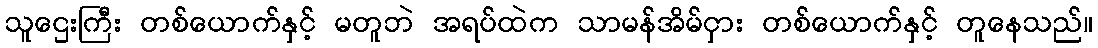
သူဌေးကြီး တစ်ယောက်နှင့် မတူဘဲ အရပ်ထဲက သာမန်အိမ်ငှား တစ်ယောက်နှင့် တူနေသည်။